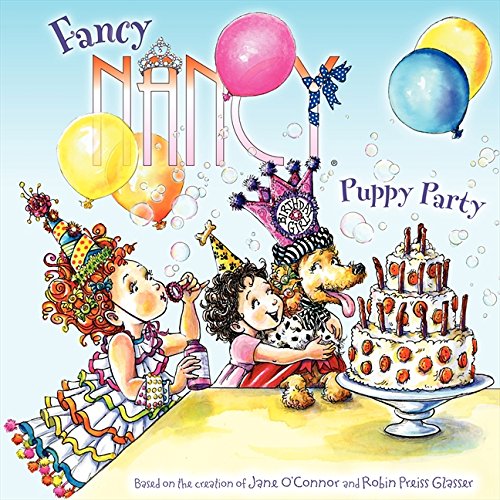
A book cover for Fancy Nancy: Puppy Party; Jane O'Connor; Children's Books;